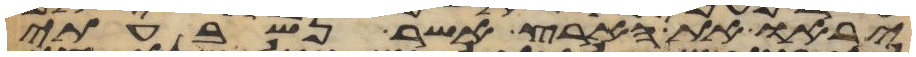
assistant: יראו את הארץ אשר נשבעתי